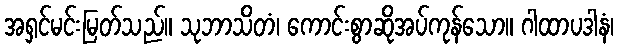
အရှင်မင်းမြတ်သည်။ သုဘာသိတံ၊ ကောင်းစွာဆိုအပ်ကုန်သော။ ဂါထာပဒါနံ၊